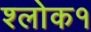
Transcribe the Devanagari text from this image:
श्लोक१